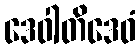
ဒေဝါတိဒေဝံ